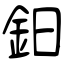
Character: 鈤